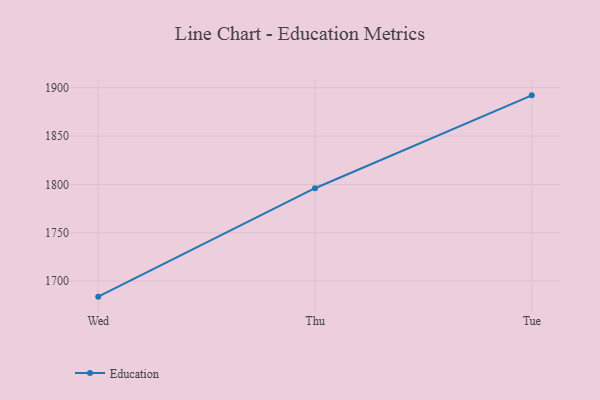
{"axis": {"x": "Day", "y": "LTV (USD)"}, "legend": ["Education"], "data": [{"x": "Wed", "y": 1684.0, "type": "Education"}, {"x": "Thu", "y": 1796.1, "type": "Education"}, {"x": "Tue", "y": 1892.1, "type": "Education"}]}